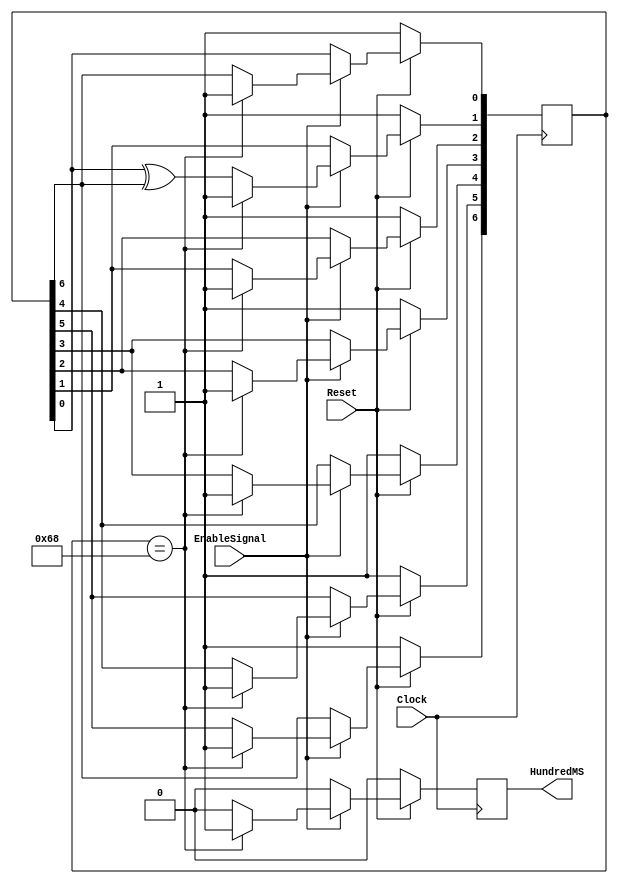
module HundredMSLFSR(EnableSignal, Clock, Reset, HundredMS);

	input EnableSignal;
	input Clock, Reset;
	output HundredMS;

	reg HundredMS;
	reg [6:0] LFSR;
	wire feedback = LFSR[6];

	always @ (posedge Clock)
		begin
			if(Reset == 1'b0)
				begin
					LFSR <= 7'b111_1111;
					HundredMS <= 1'b0;
				end
			else if(EnableSignal == 1'b1)
				begin
					if(LFSR == 7'b110_1000) 
						begin
							LFSR <= 7'b111_1111;
							HundredMS <= 1'b1;
						end
					else
						begin
							LFSR[0] <= feedback;
							LFSR[1] <= LFSR[0] ^ feedback;
							LFSR[2] <= LFSR[1];
							LFSR[3] <= LFSR[2];
							LFSR[4] <= LFSR[3];
							LFSR[5] <= LFSR[4];
							LFSR[6] <= LFSR[5];

							HundredMS <= 1'b0;
						end
				end
			else
				begin
					HundredMS <= 1'b0;
				end
		end

endmodule